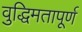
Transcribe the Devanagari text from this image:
वुद्धिमतापूर्ण